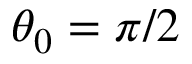
\theta _ { 0 } = \pi / 2